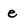
Character: e